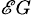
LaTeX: _{\mathscr{E}G}